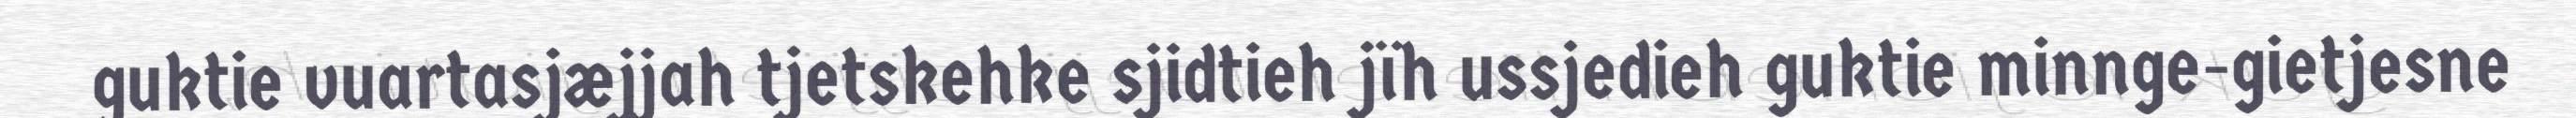
guktie vuartasjæjjah tjetskehke sjidtieh jïh ussjedieh guktie minnge-gietjesne